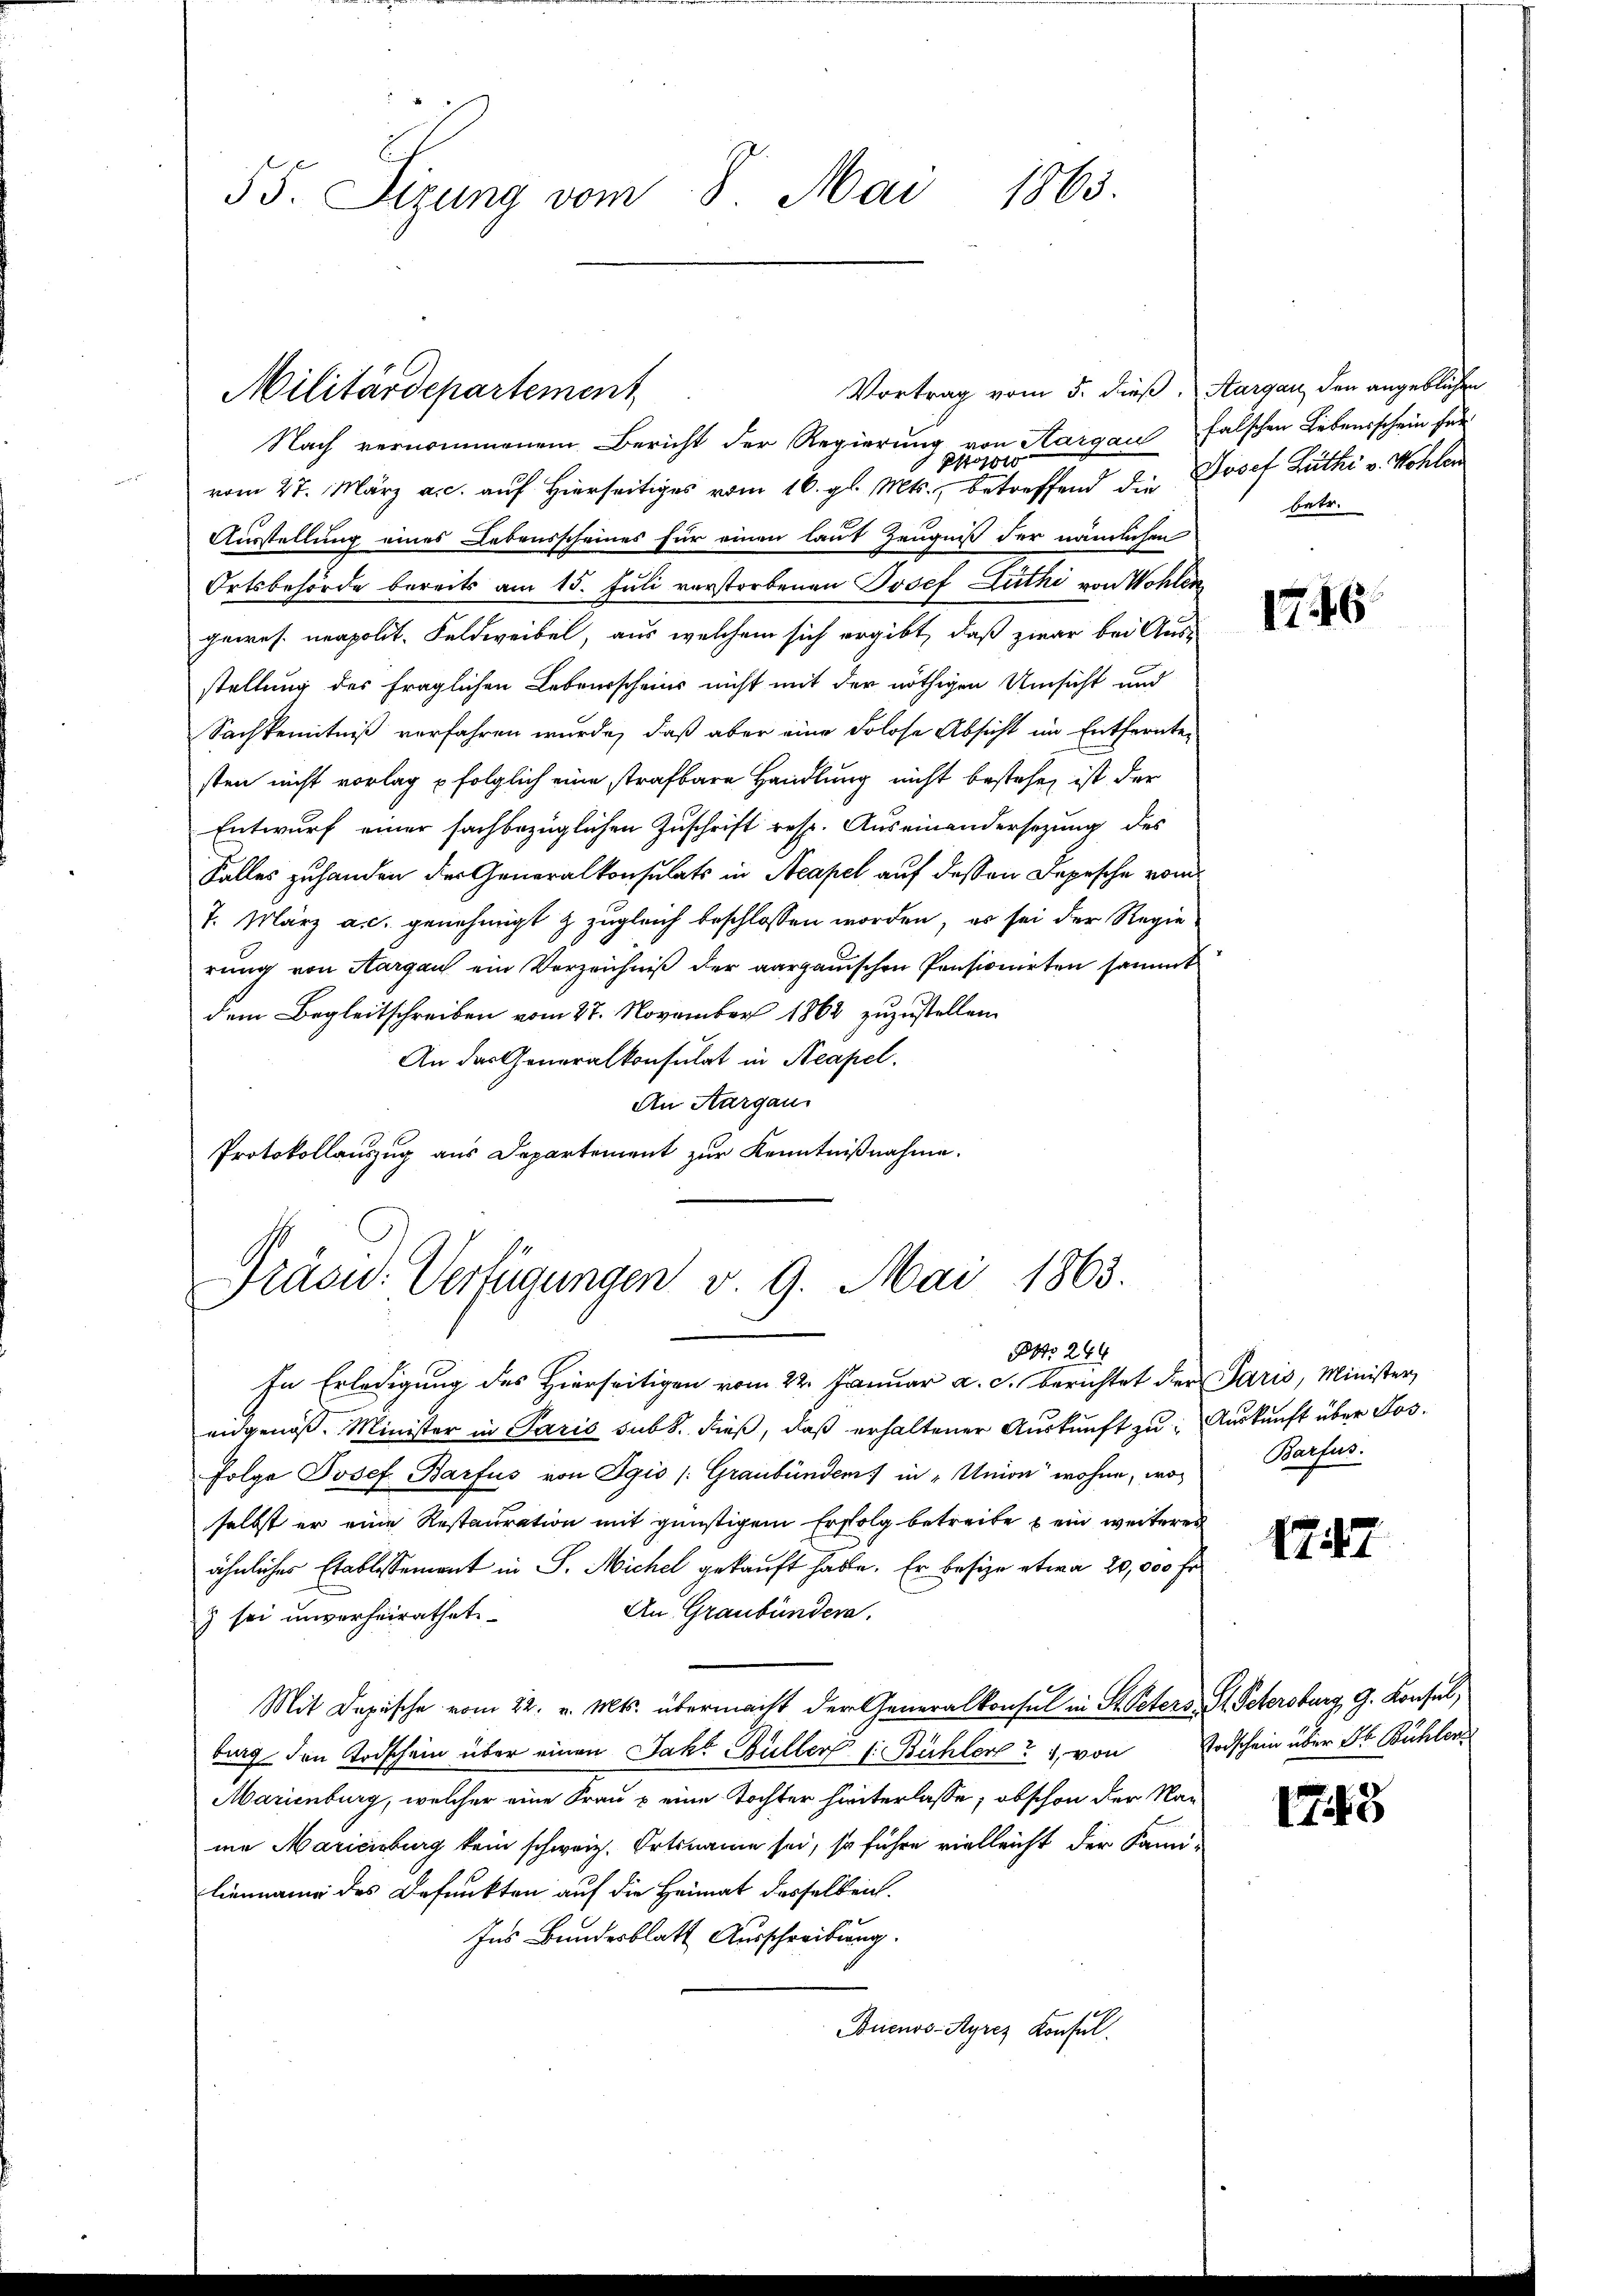
55. Sizung vom 8. Mai 1863.

Nach vernommenem Bericht der Regierung von Aargau falschen Lebensschein für
Pfrostlo
vom 27. März a.c. auf Hierseitiges vom 16. gl. Mts., betreffend die Josef Luthe v. Kohlen
Ausstellung eines Lebensscheines für einen laut Zeugniß der nämlichen
Ortsbehörde bereits am 15. Juli verstorbenen Josef Luthi von Wohlen
gewes. neapolit. Feldweibel, aus welchem sich ergibt, daß zwar bei Ausstellung des fraglichen Lebensscheins nicht mit der nöthigen Umsicht und
Sachkenntniß verfahren wurde, daß aber eine Solose Absicht im Entfernte
sten nicht vorlag folglich eine strafbare Handlung nicht bestehen ist der
Entwurf einer sachbezüglichen Zuschrift resp. Auseinandersezung des
Falles zuhanden der Generalkonsulats in Neapel auf dessen Depesche vom
7. März a.c. genehmigt & zugleich beschlossen worden, es sei der Regierung von Aargau ein Verzeichniß der aargauischen Pensionirten sammt
dem Begleitschreiben vom 27. November 1862 zuzustellen.
An das Generalkonsulat in Neapel.
An Aargau
Protokollauszug aus Departement zur Kenntnißnahme.

Militärdepartement

Vortrag vom 5. dieß. Aargau den angeblichen

Präsid. Verfügungen v. 9. Mai 1863.
NNo. 244

In Erledigung des Hierseitigen vom 22. Januar a. c. berichtet der Paris, Minister
eidgenöß. Minister in Paris subt. dieß, daß erhaltener Auskunft zu Auskunft über Jos.
folge Josef Barfus von Egis /: Graubünden in „Union wohne, was Barfus.
selbst er eine Restauration mit günstigem Erfolg betreite ein weiteres
ähnlicher Etablissement in S. Michel gekauft habe. Er besize etwa 20,000 Fr.
An Graubündera.
z sei unverheirathet
Mit Dapische vom 22. v. Mts. übermacht der Generalkonsul in St. Peters, St. Petersburg, G. Konsul,
burg den Todschein über einen Jahr Büller 1. Bühler, von Todschein über St. Bühlen
Marienburg, welcher eine Frau & eine Tochter hinterlasse; obschon der Name Maricisburg kein schweiz. Ortsname sei, so führe vielleicht der Kamilienname des Befunkten auf die Heimat desselben.
Ins Bundesblatt Ausschreibung.
Buenos-Ayres Konsul

betr.

176

1747

1748